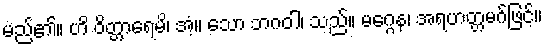
မည်၏။ ဟိ ဝိတ္တာရေမိ၊ အံ့။ သော ဘဂဝါ၊ သည်။ မဂ္ဂေန၊ အရဟတ္တမဂ်ဖြင့်။